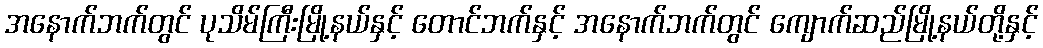
အနောက်ဘက်တွင် ပုသိမ်ကြီးမြို့နယ်နှင့် တောင်ဘက်နှင့် အနောက်ဘက်တွင် ကျောက်ဆည်မြို့နယ်တို့နှင့်